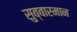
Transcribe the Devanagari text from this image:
सुब्बारमान